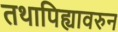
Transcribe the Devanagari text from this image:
तथापिह्यावरुन